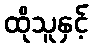
ထိုသူနှင့်